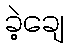
ခဲ့ချေ